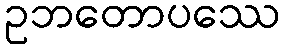
ဥဘတောပဿေ